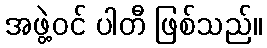
အဖွဲ့ဝင် ပါတီ ဖြစ်သည်။